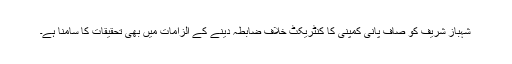
شہباز شریف کو صاف پانی کمپنی کا کنٹریکٹ خلاف ضابطہ دینے کے الزامات میں بھی تحقیقات کا سامنا ہے۔